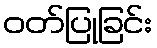
ဝတ်ပြုခြင်း